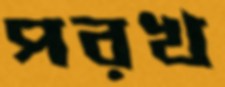
পরখ